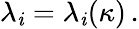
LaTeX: \lambda_{\mathit{i}}=\lambda_{\mathit{i}}(\kappa)\, .